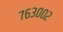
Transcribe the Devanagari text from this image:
७६३००२